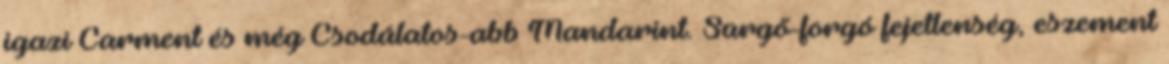
igazi Carment és még Csodálatos-abb Mandarint. Sürgő-forgó fejetlenség, eszement